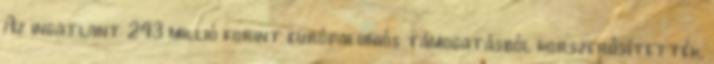
Az ingatlant 243 millió forint európai uniós támogatásból korszerűsítették,